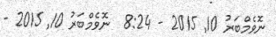
ނޮވެމްބަރު 10